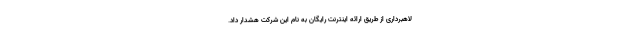
لاهبرداری از طریق ارائه اینترنت رایگان به نام این شرکت هشدار داد.